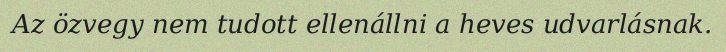
Az özvegy nem tudott ellenállni a heves udvarlásnak.